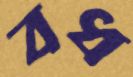
বধ